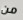
من